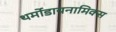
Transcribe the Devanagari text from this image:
थर्मोडायनामिक्‍स